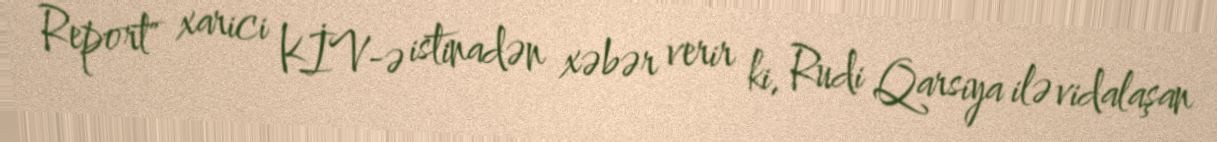
Report" xarici KİV-ə istinadən xəbər verir ki, Rudi Qarsiya ilə vidalaşan